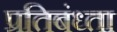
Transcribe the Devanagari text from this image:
प्रतिबंध्ता